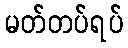
မတ်တပ်ရပ်